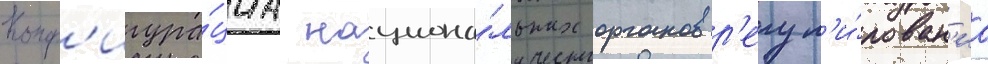
Конф'игура́циа национа́льных органов р'егул'и́рован'иа